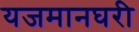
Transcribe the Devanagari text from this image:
यजमानघरी